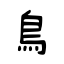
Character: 鳥